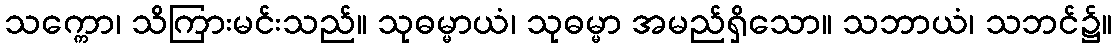
သက္ကော၊ သိကြားမင်းသည်။ သုဓမ္မာယံ၊ သုဓမ္မာ အမည်ရှိသော။ သဘာယံ၊ သဘင်၌။